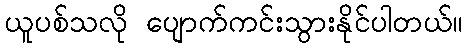
ယူပစ်သလို ပျောက်ကင်းသွားနိုင်ပါတယ်။